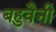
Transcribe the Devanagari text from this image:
बहुवैनी